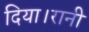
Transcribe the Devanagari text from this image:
दिया।रानी